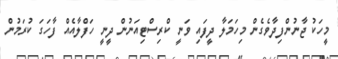
މީހަކު ޖާނުންފިދާވެގެން މިހަމަލާ ދީފައި ވަނީ ކްރިސްޓިއަނުން ދީނީ ހަފްލާއެއް ފާހަގަ ކުރަމުން